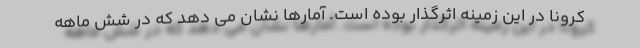
کرونا در این زمینه اثرگذار بوده است. آمارها نشان می دهد که در شش ماهه